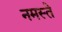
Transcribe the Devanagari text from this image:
नमस्‍ते